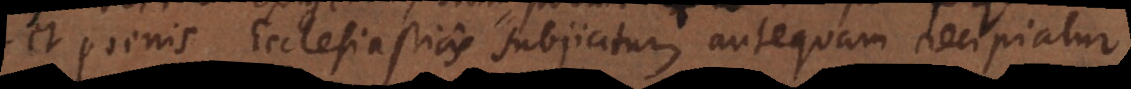
et poenis Ecclesiasticis subjicitur antequam recipiatur.